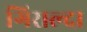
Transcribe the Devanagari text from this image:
गिराल्दा